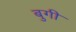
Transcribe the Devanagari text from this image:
बुगी